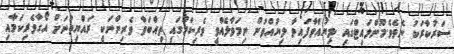
ސަރުކާރަކު ނެތެވެ.މޫންލައިޓްގައި ލިޔުއްވާފައިވާ ލިޔުއްވުން ނިމަވާލެއްވީ ވެރިކަމުގައި ތިއްބަވާ ވެރިންނަކީ ރައްޔިތުނަށް އޯގާވެރިކަމާއި